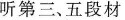
听第三、五段材